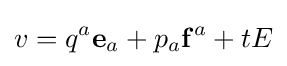
v=q^{a}\mathbf {e} _{a}+p_{a}\mathbf {f} ^{a}+tE